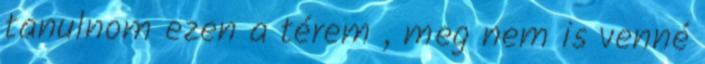
tanulnom ezen a térem , meg nem is venné